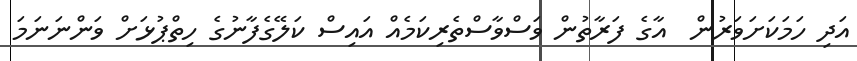
އަދި ހަމަކަށަވަރުން  އާގެ ފަރާތުން ވަސްވާސްތެރިކަމެއް އައިސް ކަލޭގެފާނުގެ ހިތްޕުޅަށް ވަންނަނަމަ